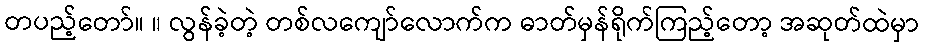
တပည့်တော်။ ။ လွန်ခဲ့တဲ့ တစ်လကျော်လောက်က ဓာတ်မှန်ရိုက်ကြည့်တော့ အဆုတ်ထဲမှာ